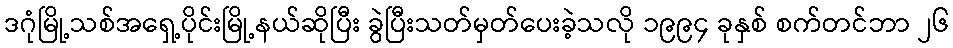
ဒဂုံမြို့သစ်အရှေ့ပိုင်းမြို့နယ်ဆိုပြီး ခွဲပြီးသတ်မှတ်ပေးခဲ့သလို ၁၉၉၄ ခုနှစ် စက်တင်ဘာ ၂၆